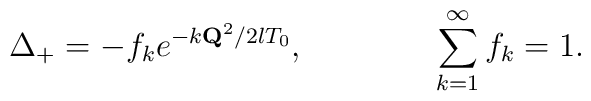
\Delta_{+}=-f_ke^{-k{\bf Q}^2/2lT_0},\qquad\qquad\sum_{k=1}^\infty f_k=1.